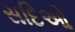
સદિઓ